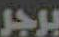
برجر